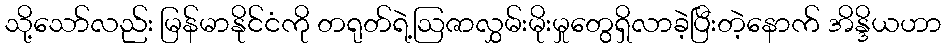
သို့သော်လည်း မြန်မာနိုင်ငံကို တရုတ်ရဲ့ဩဇာလွှမ်းမိုးမှုတွေရှိလာခဲ့ပြီးတဲ့နောက် အိန္ဒိယဟာ